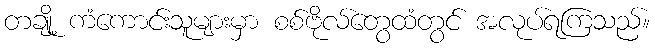
တချို့ ကံကောင်းသူများမှာ စစ်ဗိုလ်တွေထံတွင် အလုပ်ရကြသည်။